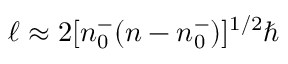
\ell \approx 2 [ n _ { 0 } ^ { - } ( n - n _ { 0 } ^ { - } ) ] ^ { 1 / 2 } \hbar